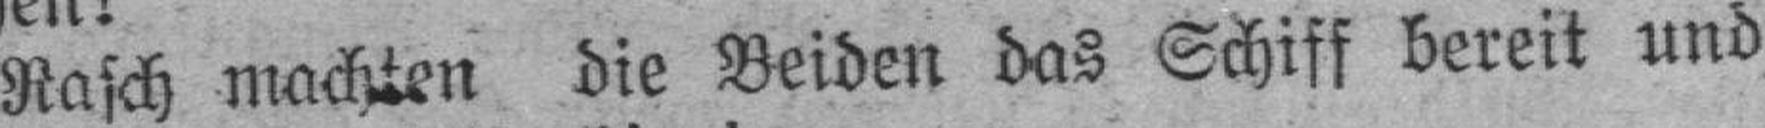
Rasch machten die Beiden das Schiff bereit und